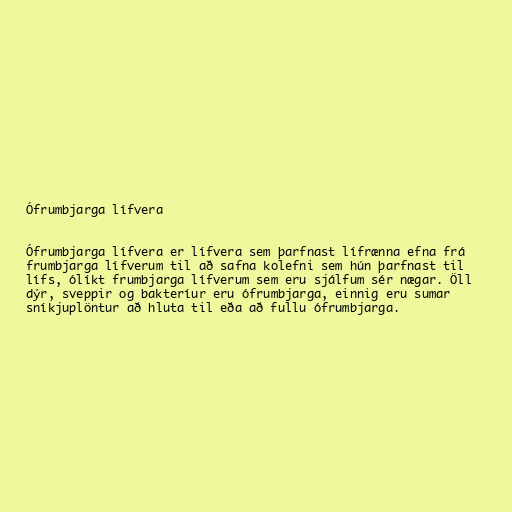
Ófrumbjarga lífvera

Ófrumbjarga lífvera er lífvera sem þarfnast lífrænna efna frá
frumbjarga lífverum til að safna kolefni sem hún þarfnast til
lífs, ólíkt frumbjarga lífverum sem eru sjálfum sér nægar. Öll
dýr, sveppir og bakteríur eru ófrumbjarga, einnig eru sumar
sníkjuplöntur að hluta til eða að fullu ófrumbjarga.